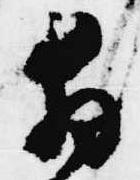
拝